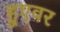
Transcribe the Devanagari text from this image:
हूएवर